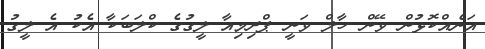
އަނެއްކޮޅުން ވޭން ހާލް ވަނީ ޕްރިމިއާ ލީގުގެ ކްލަބަކާ އެކު އެ ލީގު